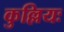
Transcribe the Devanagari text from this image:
कुल्लियः